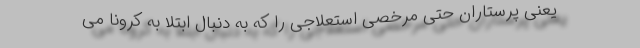
یعنی پرستاران حتی مرخصی استعلاجی را که به دنبال ابتلا به کرونا می